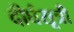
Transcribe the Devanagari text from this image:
दीर्घसूत्री